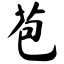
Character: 苞